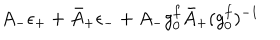
A _ { - } \epsilon _ { + } + \bar { A } _ { + } \epsilon _ { - } + A _ { - } g _ { 0 } ^ { f } \bar { A } _ { + } ( { g _ { 0 } ^ { f } } ) ^ { - 1 }